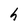
Character: h